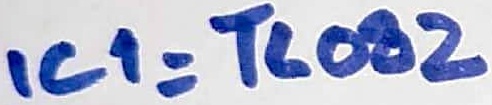
Text: IC1=TL082